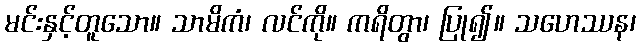
မင်းနှင့်တူသော။ သာမိကံ၊ လင်ကို။ ကရိတွာ၊ ပြု၍။ သဟေဿန၊